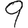
Digit: 9